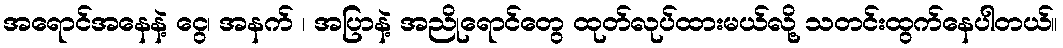
အရောင်အနေနဲ့ ငွေ၊ အနက် ၊ အပြာနဲ့ အညိုရောင်တွေ ထုတ်လုပ်ထားမယ်လို့ သတင်းထွက်နေပါတယ်။